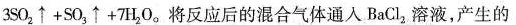
3 S 0 _ { 2 } \uparrow + S O _ { 3 } \uparrow + 7 H _ { 2 } 0$$。将反应后的混合气体通入BaCl_{2}溶液，产生的